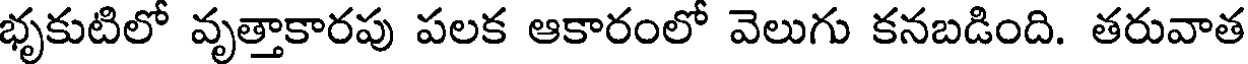
భృకుటిలో వృత్తాకారపు పలక ఆకారంలో వెలుగు కనబడింది. తరువాత